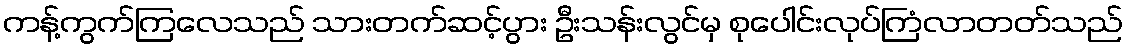
ကန့်ကွက်ကြလေသည် သားတက်ဆင့်ပွား ဦးသန်းလွင်မှ စုပေါင်းလုပ်ကြံလာတတ်သည်